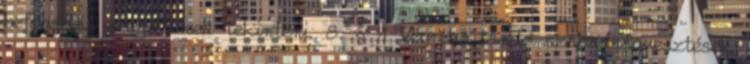
befogadás napját kell tekinteni. 8. § 1 Végrehajtandó szabadságvesztések